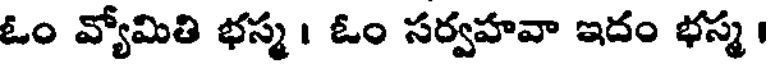
ఓం వ్యోమితి భస్మ । ఓం సర్వహవా ఇదం భస్మ ।